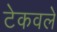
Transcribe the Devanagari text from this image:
टेकवले